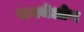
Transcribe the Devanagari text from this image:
रायथेओण